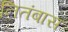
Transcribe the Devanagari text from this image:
नितंबास